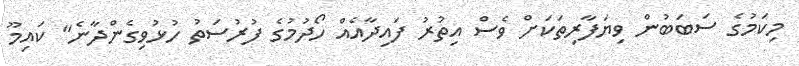
މިކަމުގެ ސަބަބުން ވިޔަފާރިތަކަށް ވެސް އިތުރު ފައިދާއެއް ހޯދުމުގެ ފުރުސަތު ހުޅުވިގެންދާނެ" ކައިމޫ